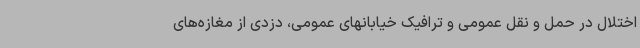
اختلال در حمل و نقل عمومی و ترافیک خیابانهای عمومی، دزدی از مغازه‌های